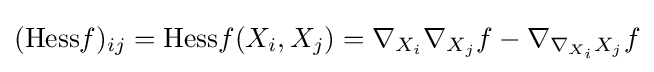
({\mbox{Hess}}f)_{ij}={\mbox{Hess}}f(X_{i},X_{j})=\nabla _{X_{i}}\nabla _{X_{j}}f-\nabla _{\nabla _{X_{i}}X_{j}}f